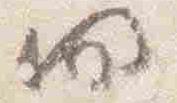
間